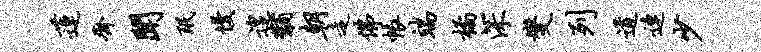
莲齐闻珉慢遑黼朝走佛帐端橘深燮列道连少